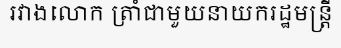
រវាងលោក ត្រាំជាមួយនាយករដ្ឋមន្ត្រី